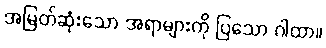
အမြတ်ဆုံးသော အရာများကို ပြသော ဂါထာ။